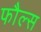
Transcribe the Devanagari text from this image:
फौल्स